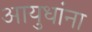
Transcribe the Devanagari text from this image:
आयुधांना